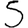
Digit: 5